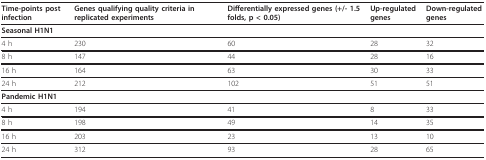
<table><thead><tr><td><b>Time-points post infection</b></td><td><b>Genes qualifying quality criteria in replicated experiments</b></td><td><b>Differentially expressed genes (+/- 1.5 folds, p &lt; 0.05)</b></td><td><b>Up-regulated genes</b></td><td><b>Down-regulated genes</b></td></tr></thead><tbody><tr><td colspan="5"><b>Seasonal H1N1</b></td></tr><tr><td>4 h</td><td>230</td><td>60</td><td>28</td><td>32</td></tr><tr><td>8 h</td><td>147</td><td>44</td><td>28</td><td>16</td></tr><tr><td>16 h</td><td>164</td><td>63</td><td>30</td><td>33</td></tr><tr><td>24 h</td><td>212</td><td>102</td><td>51</td><td>51</td></tr><tr><td colspan="5"><b>Pandemic H1N1</b></td></tr><tr><td>4 h</td><td>194</td><td>41</td><td>8</td><td>33</td></tr><tr><td>8 h</td><td>198</td><td>49</td><td>14</td><td>35</td></tr><tr><td>16 h</td><td>203</td><td>23</td><td>13</td><td>10</td></tr><tr><td>24 h</td><td>312</td><td>93</td><td>28</td><td>65</td></tr></tbody></table>